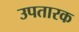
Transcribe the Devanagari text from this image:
उपतारक